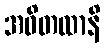
အဝိတထာနိ